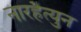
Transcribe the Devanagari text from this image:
नारहैत्युन